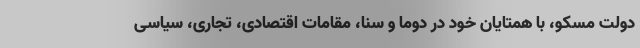
دولت مسکو، با همتایان خود در دوما و سنا، مقامات اقتصادی، تجاری، سیاسی